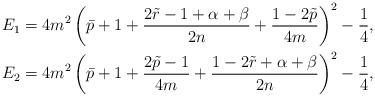
LaTeX: \begin{align*} & E_{1}=4m^{2}\left(\bar{p}+1+\frac{2\tilde{r}-1+\alpha+\beta}{2n}+\frac{1-2\tilde{p}}{4m}\right)^{2}- \frac{1}{4}, \\ & E_{2}=4m^{2}\left(\bar{p}+1+\frac{2\tilde{p}-1}{4m}+\frac{1-2\tilde{r}+\alpha+\beta}{2n}\right)^{2}- \frac{1}{4}, \end{align*}